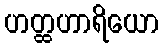
ဟတ္ထဟာရိယော